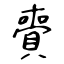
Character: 賷